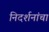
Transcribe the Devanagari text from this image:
निदर्शनांचा